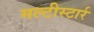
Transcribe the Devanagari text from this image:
मल्टीस्टार्र